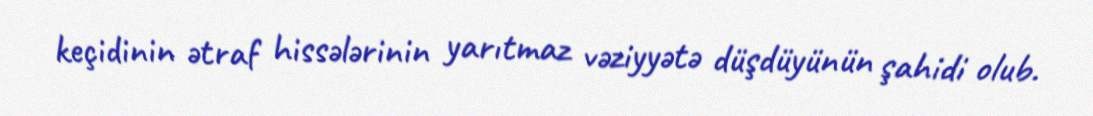
keçidinin ətraf hissələrinin yarıtmaz vəziyyətə düşdüyünün şahidi olub.